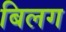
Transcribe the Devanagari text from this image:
बिलग